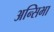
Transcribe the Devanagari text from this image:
अन्सिभा